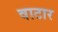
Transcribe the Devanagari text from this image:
वाटार